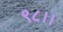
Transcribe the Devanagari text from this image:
९८।।